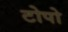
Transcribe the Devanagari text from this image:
टोपो